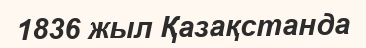
1836 жыл Қазақстанда